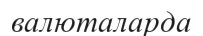
валюталарда